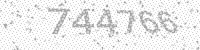
Solution: 744766